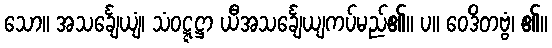
သော။ အသင်္ချေယျံ၊ သံဝဋ္ဋဋ္ဌာ ယီအသင်္ချေယျကပ်မည်၏။ ပ။ ဝေဒိတဗ္ဗံ၊ ၏။